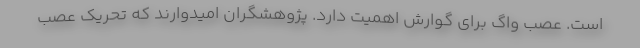
است. عصب واگ برای گوارش اهمیت دارد. پژوهشگران امیدوارند که تحریک عصب